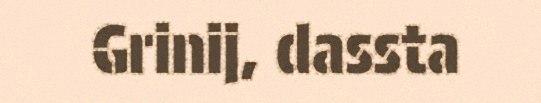
Grinij, dassta